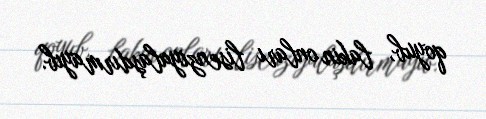
qoyub, lakin onları lisenziyalaşdırmayıb.